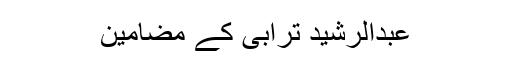
عبدالرشید ترابی کے مضامین